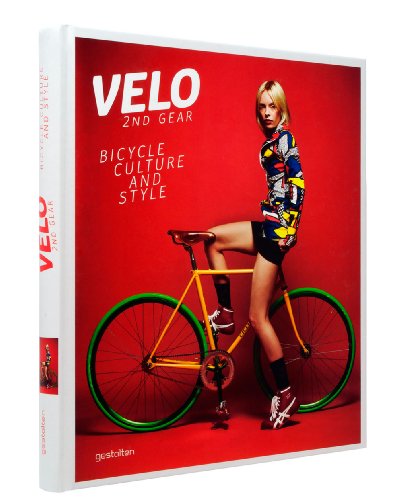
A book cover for Velo--2nd Gear: Bicycle Culture and Style; Arts & Photography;